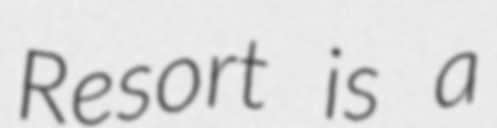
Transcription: Resort is a